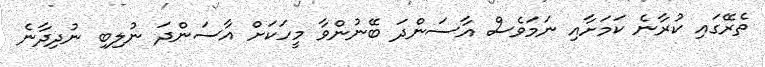
ތެރޭގައި ކުރާނެ ކަމަށާއި ނަމަވެސް އާސަންދަ ބޭނުންވާ މީހަކަށް އާސަންދަ ނުލިބި ނުދިދާނެ